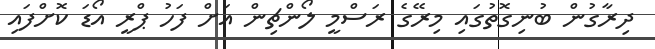
ދިރާގުން ބުނިގޮތުގައި މިރޭގެ ރަސްމީ ލޯންޗިން އަށް ފަހު ޕްރީ އޯޑަ ކޮށްފައި